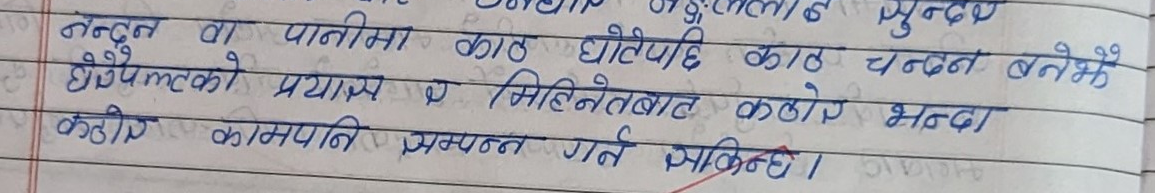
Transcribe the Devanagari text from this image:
सुन्दर
नन्दन वा पानीमा काठ घोटेपछि काठ चन्दन बनेझै
धेरैपल्टको प्रयास र मिहिनेतबाट कठोर भन्दा
कठोर कामपनि सम्पन्न गर्न सकिन्छ ।